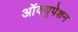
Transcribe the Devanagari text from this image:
आॅक्युपेशन